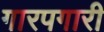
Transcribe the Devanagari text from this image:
गारपगारी